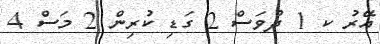
އޭރު ކ 1 ދުވަސް 2 ގަޑި ކުރިން 2 މަސް 4